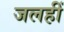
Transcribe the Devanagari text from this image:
जलहीं